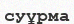
суұрма